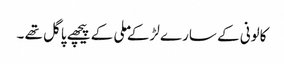
کالونی کے سارے لڑکے ملی کے پیچھے پاگل تھے ۔